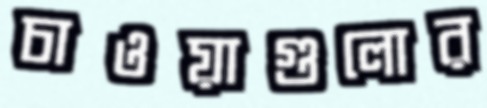
চাওয়াগুলোর